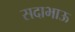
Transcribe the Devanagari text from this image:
सदाभाऊ